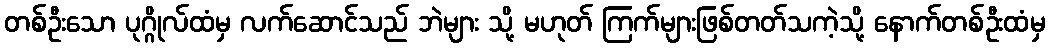
တစ်ဦးသော ပုဂ္ဂိုလ်ထံမှ လက်ဆောင်သည် ဘဲများ သို့ မဟုတ် ကြက်များဖြစ်တတ်သကဲ့သို့ နောက်တစ်ဦးထံမှ